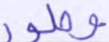
وطور